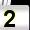
Digit: 2